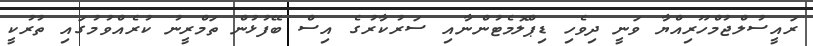
ރައީސުލްޖުމްހޫރިއްޔާ ވަނީ ދިވެހި ޑިޕްލޮމެޓުންނާއި ސަރުކާރުގެ އިސް ބޭފުޅުން ތަމްރީނު ކުރެއްވުމުގައި ތުރުކީ